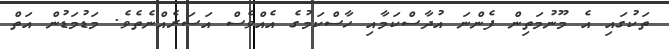
ތަކުގައި އެ މޫނުމަތިން ފެންނަ އުދާސްކަމާއި ހާސްކަމުގެ އެއްވެސް އަސަރެއްނެތެވެ. މަޑުމަޑުން އަތް